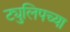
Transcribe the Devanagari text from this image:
ट्युलिपच्या